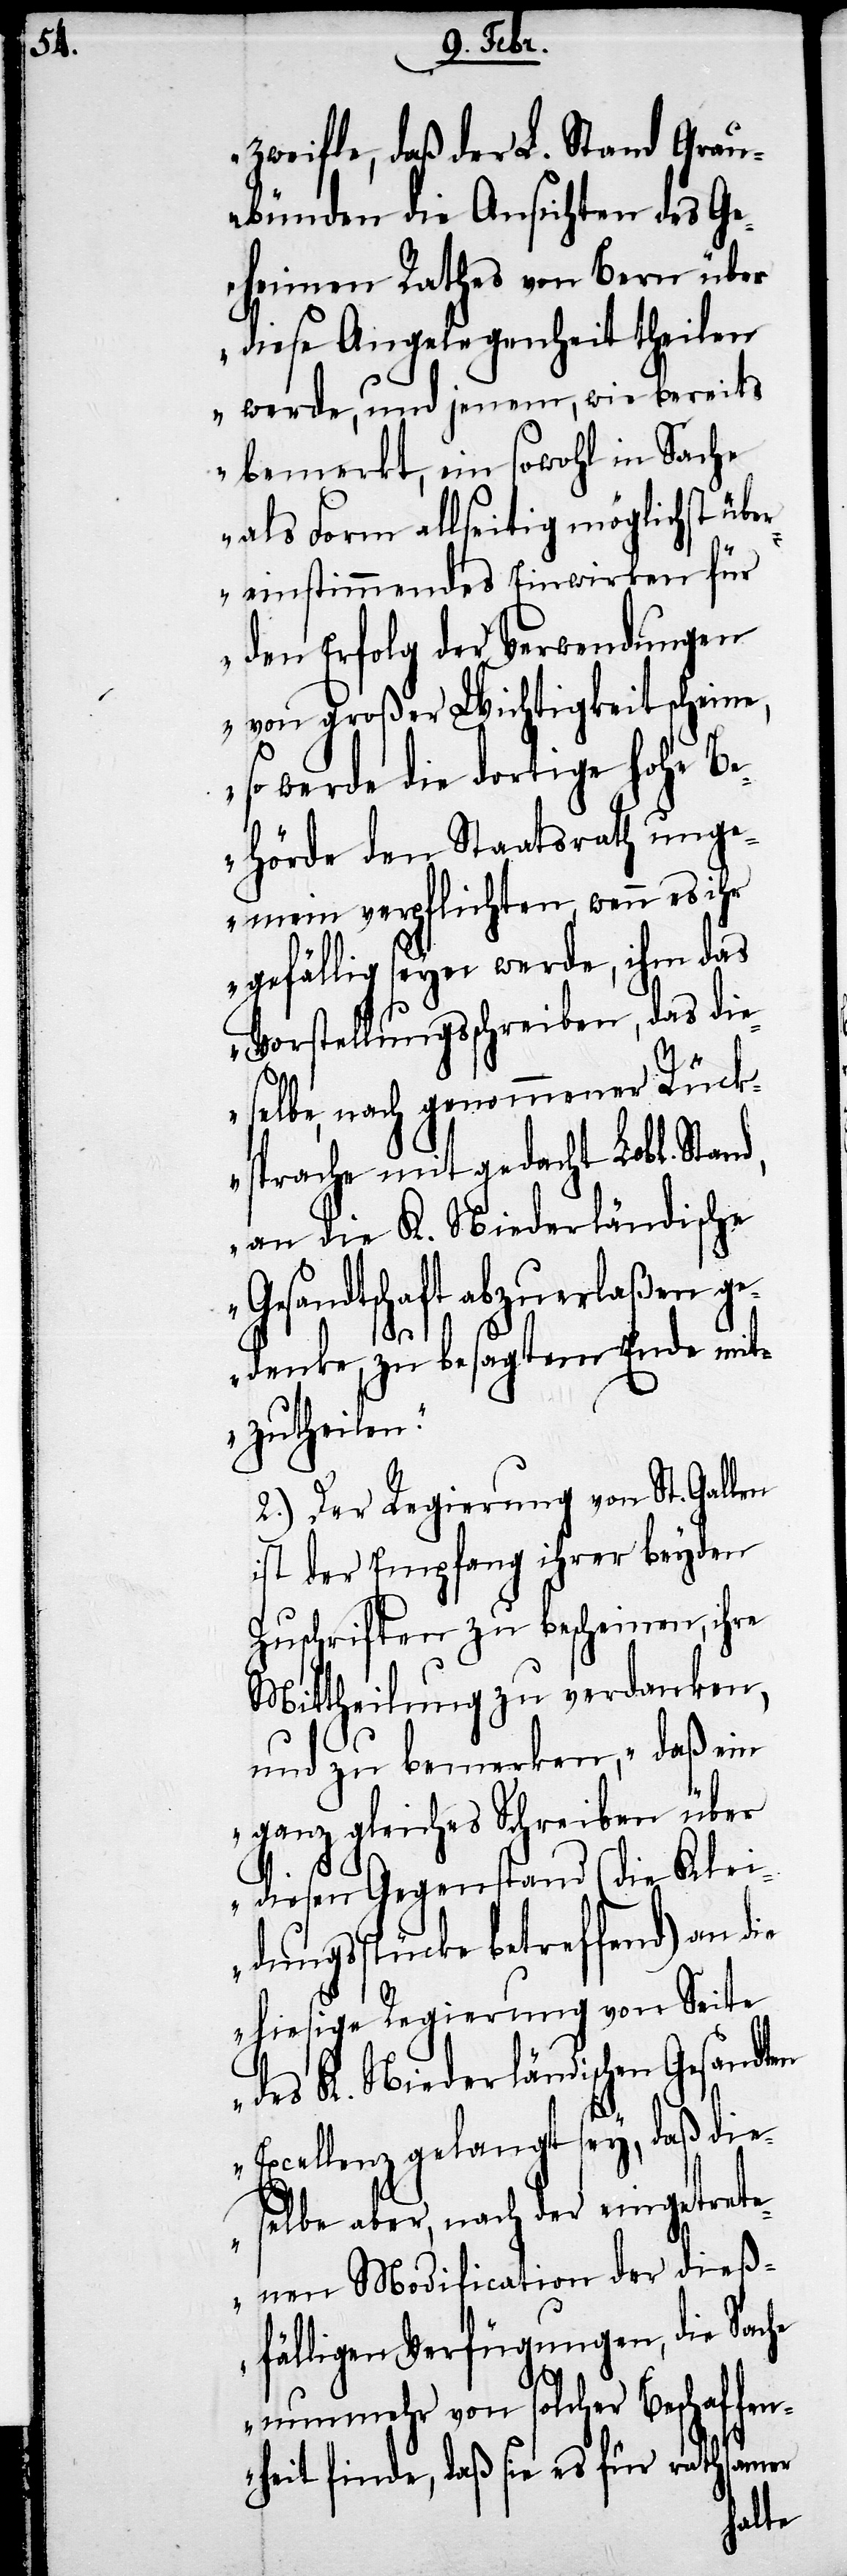
zweifle, daß der L. Stand Grau¬
bünden die Ansichten des Ge¬
heimen Rathes von Bern über
diese Angelegenheit theilen
werde, und jenem, wie bereits
bemerkt, ein sowohl in Sache
als Form allseitig möglichst übe¬
reinstimmendes Einwirken für
den Erfolg der Verwendungen
von großer Wichtigkeit scheine,
so werde die dortige hohe Be¬
hörde den Staatsrath ung¬
emein verpflichten, wenn es ihr
gefällig seyen werde, ihm das
Vorstellungsschreiben, das die
selbe, nach genommener Rück¬
sprache mit gedacht Lobl. Stand,
an die K. Niederländische
Gesandtschaft abzuerlaßen ge¬
denke, zu besagtem Ende mit¬
zutheilen."
2.) Der Regierung von St. Gallen
ist der Empfang ihrer beyden
Zuschriften zu bescheinen, ihre
Mittheilung zu verdanken,
und zu bemerken, „daß ein
ganz gleiches Schreiben über
diesen Gegenstand (die Klei¬
dungsstücke betreffend) an die
hiesige Regierung von Seite
des K. Niederländischen Gesandten
Excellenz gelangt sey, daß die¬
selbe aber, nach der eingetrete¬
nen Modification der dieß¬
fälligen Verfügungen, die Sache
nunmehr von solcher Beschaffe¬
nheit finde, daß die es für rathsamer